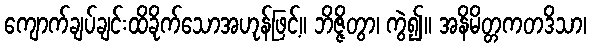
ကျောက်ချပ်ချင်းထိခိုက်သောအဟုန်ဖြင့်။ ဘိဇ္ဇိတွာ၊ ကွဲ၍။ အနိမိတ္တကတဒိသာ၊